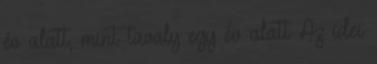
év alatt, mint tavaly egy év alatt Az idei